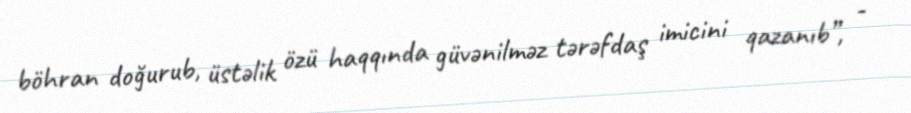
böhran doğurub, üstəlik özü haqqında güvənilməz tərəfdaş imicini qazanıb”, -